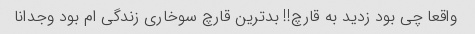
واقعا چی بود زدید به قارچ!! بدترین قارچ سوخاری زندگی ام بود وجدانا